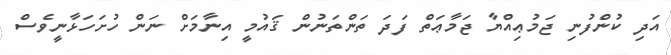
އަދި ކުންފުނި ޖަމުޢިއްޔާ ޖަމާޢަތް ފަދަ ތަންތަނުން ޤައުމީ އިނާމަށް ނަން ހުށަހަޅާނީވެސް